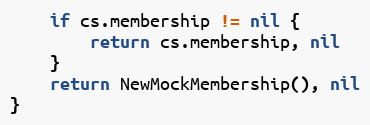
Language: Go
	if cs.membership != nil {
		return cs.membership, nil
	}
	return NewMockMembership(), nil
}